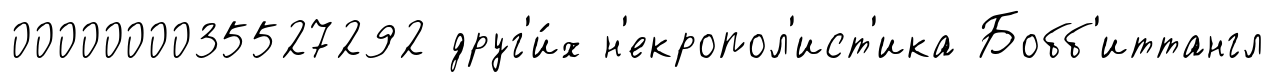
0000000035527292 друг'и́х н'екропол'ист'ика Бобб'иттангл